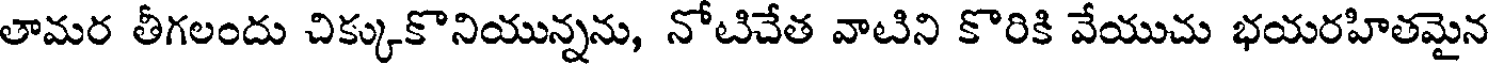
తామర తీగలందు చిక్కుకొనియున్నను, నోటిచేత వాటిని కొరికి వేయుచు భయరహితమైన